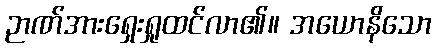
ဉာဏ်အားရှေးရှုထင်လာ၏။ အယောနိသော